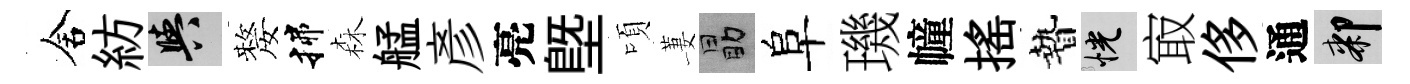
舍紡阳嫠揲森艋彥亮塈頃萋勗阜璣幢揺贄恍㝡侈通膝